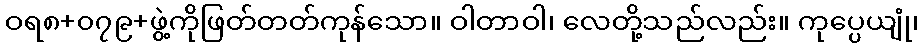
ဝရ၈+၀၇၉+ဖွဲ့ကိုဖြတ်တတ်ကုန်သော။ ဝါတာဝါ၊ လေတို့သည်လည်း။ ကုပ္ပေယျုံ၊